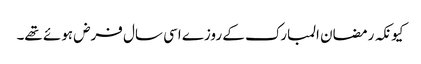
کیونکہ رمضان المبارک کے روزے اسی سال فرض ہوئے تھے۔